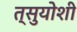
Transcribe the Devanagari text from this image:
त्सुयोशी